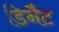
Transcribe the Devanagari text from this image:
डिनैंट